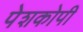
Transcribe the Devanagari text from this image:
पेशकोपी